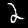
Digit: 2